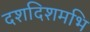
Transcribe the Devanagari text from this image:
दशदिशमभि